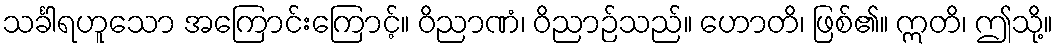
သင်္ခါရဟူသော အကြောင်းကြောင့်။ ဝိညာဏံ၊ ဝိညာဉ်သည်။ ဟောတိ၊ ဖြစ်၏။ ဣတိ၊ ဤသို့။